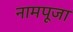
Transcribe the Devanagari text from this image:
नामपूजा